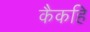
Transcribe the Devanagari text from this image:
कैकहि